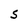
Character: S